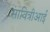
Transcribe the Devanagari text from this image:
सावित्रीआई